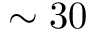
\sim 3 0